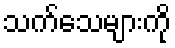
သက်သေများကို